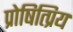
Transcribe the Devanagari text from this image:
प्रोषित्प्रिय